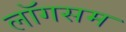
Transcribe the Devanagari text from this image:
लॉगसम